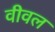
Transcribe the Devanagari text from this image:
वीवल